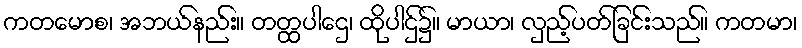
ကတမောစ၊ အဘယ်နည်း။ တတ္ထပါဌေ၊ ထိုပါဌ်၌။ မာယာ၊ လှည့်ပတ်ခြင်းသည်။ ကတမာ၊